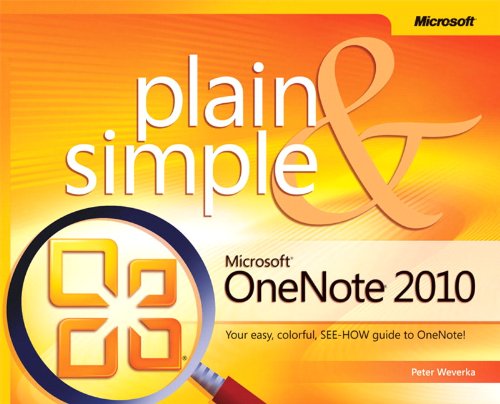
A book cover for Microsoft OneNote 2010 Plain & Simple; Peter Weverka; Computers & Technology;